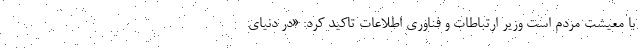
با معیشت مردم است وزیر ارتباطات و فناوری اطلاعات تاکید کرد: «در دنیای